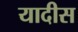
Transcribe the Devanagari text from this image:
यादीस